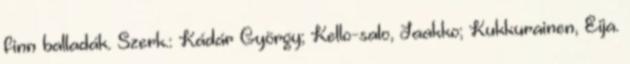
finn balladák. Szerk.: Kádár György; Kello-salo, Jaakko; Kukkurainen, Eija.